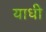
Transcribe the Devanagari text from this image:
याधी